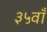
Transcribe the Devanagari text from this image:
३५वाँ